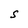
Character: S